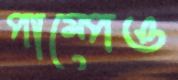
পাম্পেও